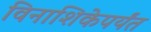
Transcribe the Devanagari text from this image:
विनाशिकेपर्यंत